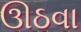
ઊઠવા